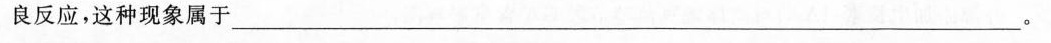
良反应，种现象属于________。